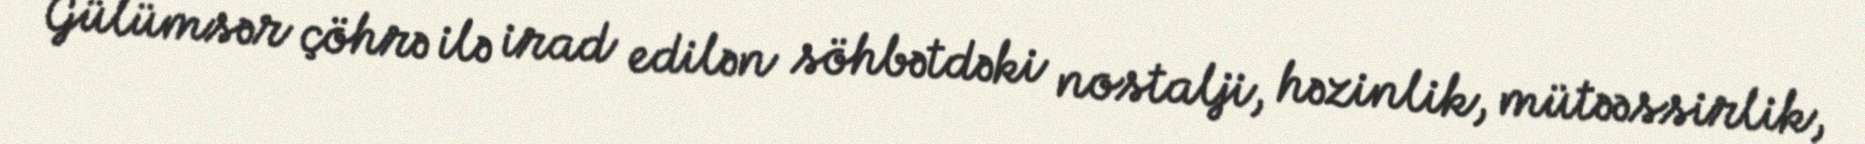
Gülümsər çöhrə ilə irad edilən söhbətdəki nostalji, həzinlik, mütəəssirlik,